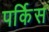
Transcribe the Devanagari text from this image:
पर्किस